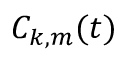
C _ { k , m } ( t )